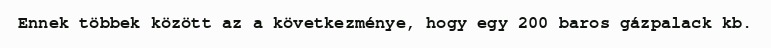
Ennek többek között az a következménye, hogy egy 200 baros gázpalack kb.